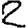
Digit: 2